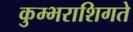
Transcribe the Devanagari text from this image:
कुम्भराशिगते